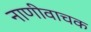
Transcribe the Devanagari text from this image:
नाणीवाचक